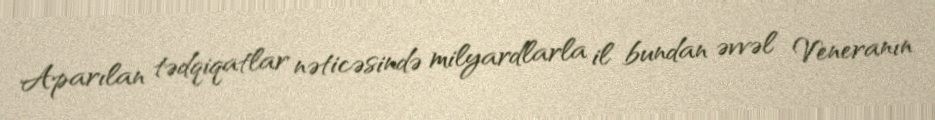
Aparılan tədqiqatlar nəticəsində milyardlarla il bundan əvvəl Veneranın